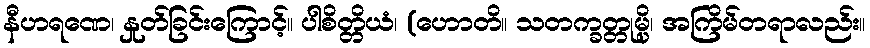
နီဟရဏေ၊ နှုတ်ခြင်းကြောင့်။ ပါစိတ္တိယံ၊ (ဟောတိ။ သတက္ခတ္တုမ္ပိ၊ အကြိမ်တရာလည်း။